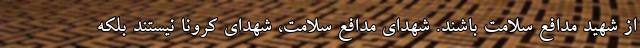
از شهید مدافع سلامت باشند. شهدای مدافع سلامت، شهدای کرونا نیستند بلکه